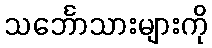
သင်္ဘောသားများကို